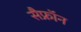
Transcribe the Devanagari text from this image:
सैफ्रॉन